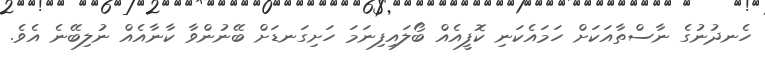
ހެނދުނުގެ ނާސްތާއަކަށް ހަމައެކަނި ކޮފީއެއް ބޯލައިފިނަމަ ހަށިގަނޑަށް ބޭނުންވާ ކާނާއެއް ނުލިބޭނެ އެވެ.